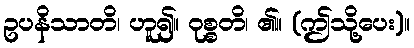
ဥပနိသာတိ၊ ဟူ၍။ ဝုစ္စတိ၊ ၏။ (ဤသို့ပေး)။